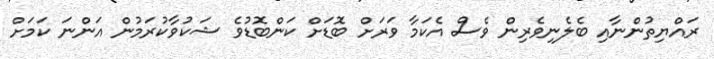
ރައްޔިތުންނާއި ބެލެނިވެރިން ވެސް އެކަމާ ވަރަށް ބޮޑަށް ކަންބޮޑުވެ ޝަކުވާކުރަމުން އަންނަ ކަމަށް